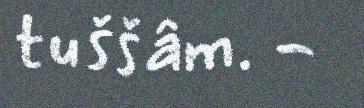
tuššâm. -